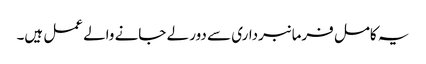
یہ کامل فرمانبرداری سے دور لے جانے والے عمل ہیں۔